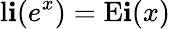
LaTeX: \operatorname{l\mathbf{i}}(e^{x})=\operatorname{E\mathbf{i}}(x)